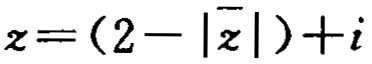
\(z=(2 - |\overline{z}|)+i\)